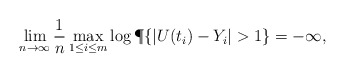
\begin{align*}\lim_{n\to\infty} \frac1n\max_{1\le i\le m}\log\P\{ |U(t_i)-Y_i| >1 \} =-\infty,\end{align*}